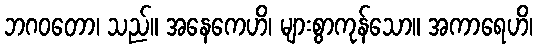
ဘဂဝတော၊ သည်။ အနေကေဟိ၊ များစွာကုန်သော။ အကာရေဟိ၊